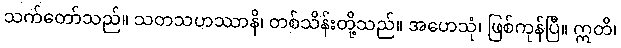
သက်တော်သည်။ သတသဟဿာနိ၊ တစ်သိန်းတို့သည်။ အဟေသုံ၊ ဖြစ်ကုန်ပြီ။ ဣတိ၊